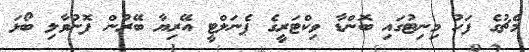
މެޗުގެ ފަހު މިނިޓުގައި ބޮންޑާ ވިކްޓަރީގެ ޕެނަލްޓީ އޭރިޔާ ބޭރުން ފޮނުވާލި ބޯޅަ